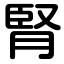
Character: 腎